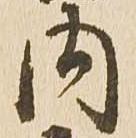
内